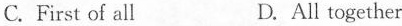
C. First of all D.All together